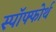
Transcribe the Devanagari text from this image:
स्पॉफ्फोर्थ